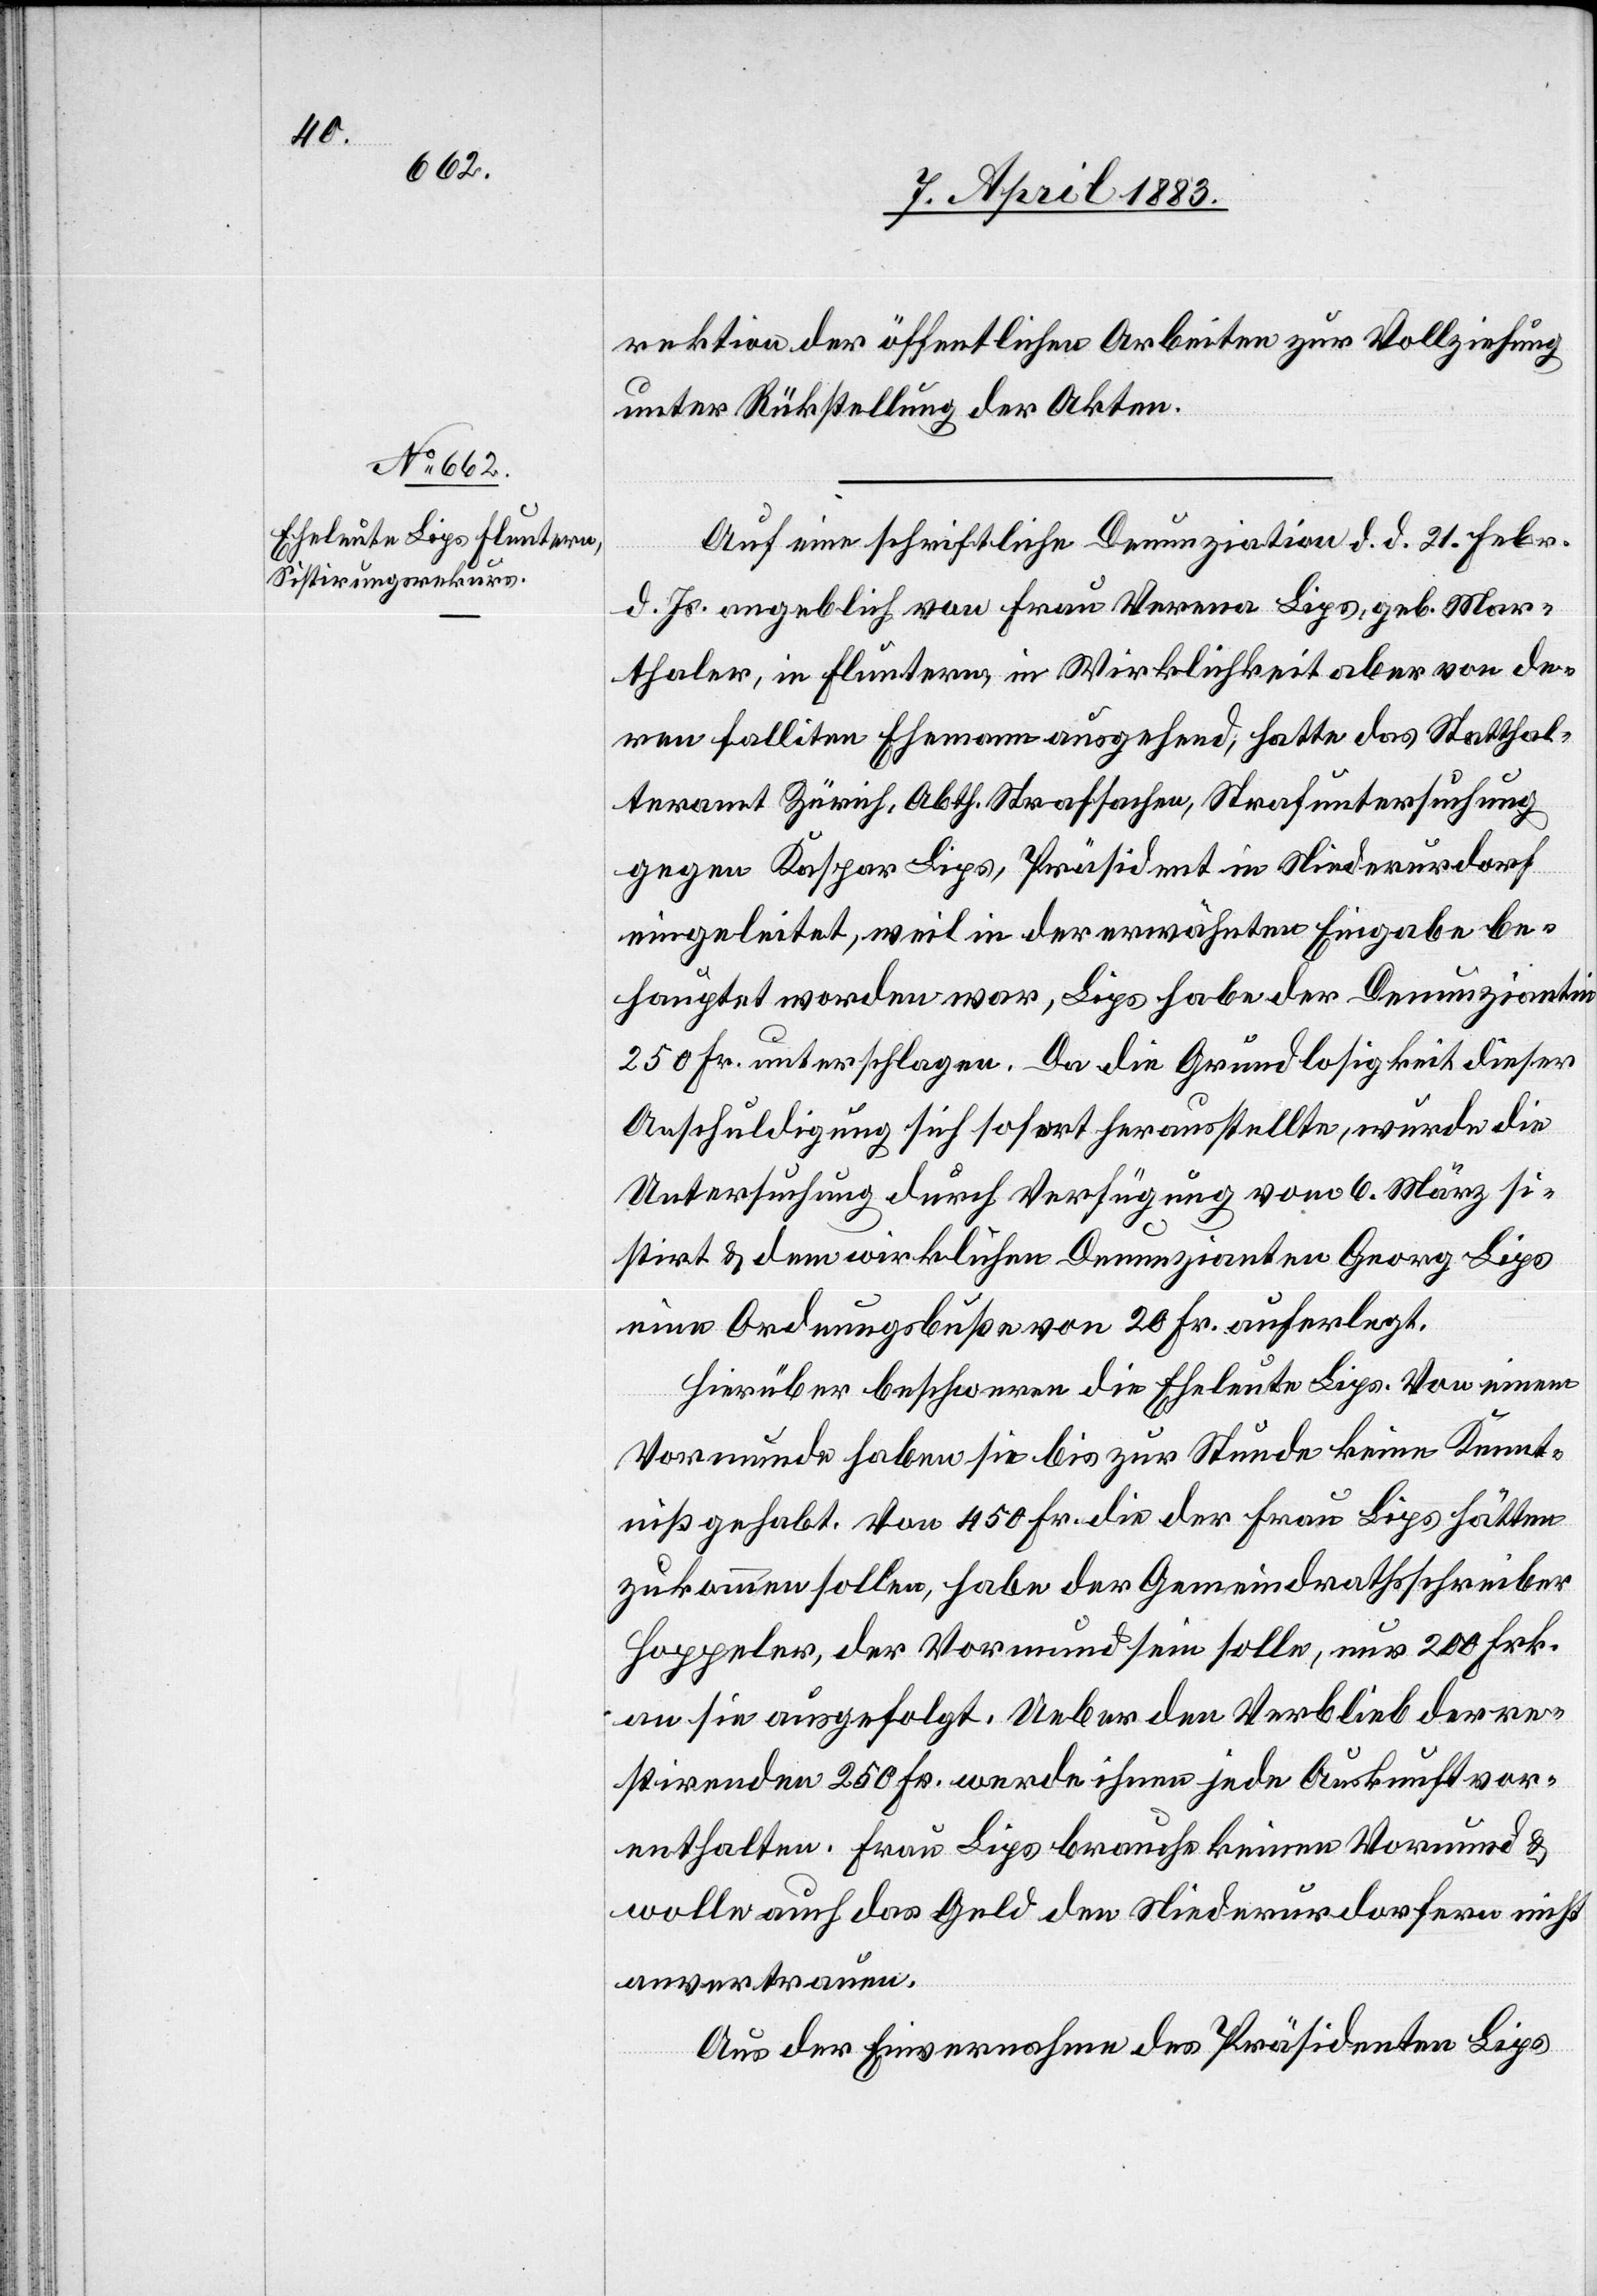
rektion der öffentlichen Arbeiten zur Vollziehung
unter Rückstellung der Akten.
Auf eine schriftliche Denunziation d. d. 21. Febr.
d. Js. angeblich von Frau Verena Lips, geb. Mar¬
thaler, in Fluntern, in Wirklichkeit aber von de¬
ren falliten Ehemann ausgehend, hatte das Statthal¬
teramt Zürich, Abth. Strafsachen, Strafuntersuchung
gegen Kaspar Lips, Präsident in Niederurdorf
eingeleitet, weil in der erwähnten Eingabe be¬
hauptet worden war, Lips habe der Denunziantin
250 Fr. unterschlagen. Da die Grundlosigkeit dieser
Anschuldigung sich sofort herausstellte, wurde die
Untersuchung durch Verfügung vom 6. März si¬
stirt & dem wirklichen Denunzianten Georg Lips
eine Ordnungsbuße von 20 Fr. auferlegt.
Hierüber beschweren [sich] die Eheleute Lips. Von einem
Vormunde haben sie bis zur Stunde keine Kennt¬
niß gehabt. Von 450 Fr. die der Frau Lips hätten
zukommen sollen, habe der Gemeindrathsschreiber
Hoppeler, der Vormund sein solle, nur 200 Frk.
an sie ausgefolgt. Ueber den Verbleib der re¬
stirenden 250 Fr. werde ihnen jede Auskunft vor¬
enthalten. Frau Lips brauche keinen Vormund &
wolle auch das Geld den Niederurdorfern nicht
anvertrauen.
Aus der Einvernahme des Präsidenten Lips